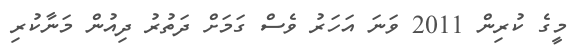
މީގެ ކުރިން 2011 ވަނަ އަހަރު ވެސް ގަމަށް ދަތުރު ދިއުން މަނާކުރި